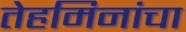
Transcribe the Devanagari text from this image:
तेहमिनांचा